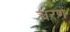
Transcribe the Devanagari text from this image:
चरणें